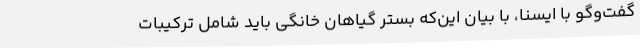
گفت‌وگو با ایسنا، با بیان این‌که بستر گیاهان خانگی باید شامل ترکیبات